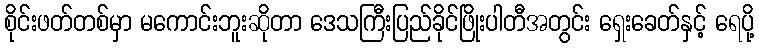
စိုင်းဖတ်တစ်မှာ မကောင်းဘူးဆိုတာ ဒေသကြီးပြည်ခိုင်ဖြိုးပါတီအတွင်း ရှေးခေတ်နှင့် ရေပို့